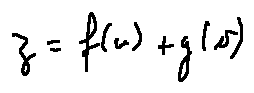
z = f ( u ) + g ( v )